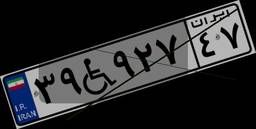
۳۳W۶۸۹۰۱